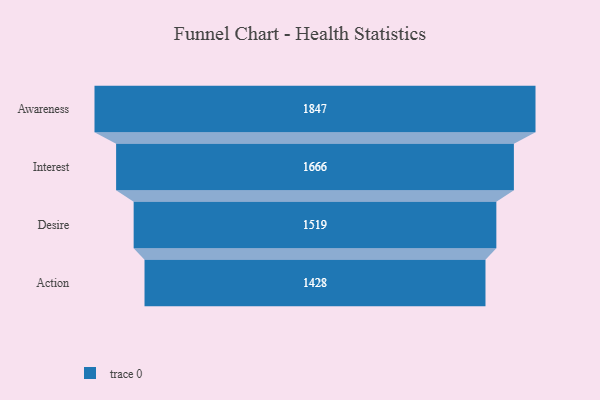
{"axis": {"x": "Stage", "y": "Value"}, "legend": [""], "data": [{"x": "Awareness", "y": 1847.0, "type": ""}, {"x": "Interest", "y": 1666.0, "type": ""}, {"x": "Desire", "y": 1519.0, "type": ""}, {"x": "Action", "y": 1428.0, "type": ""}]}